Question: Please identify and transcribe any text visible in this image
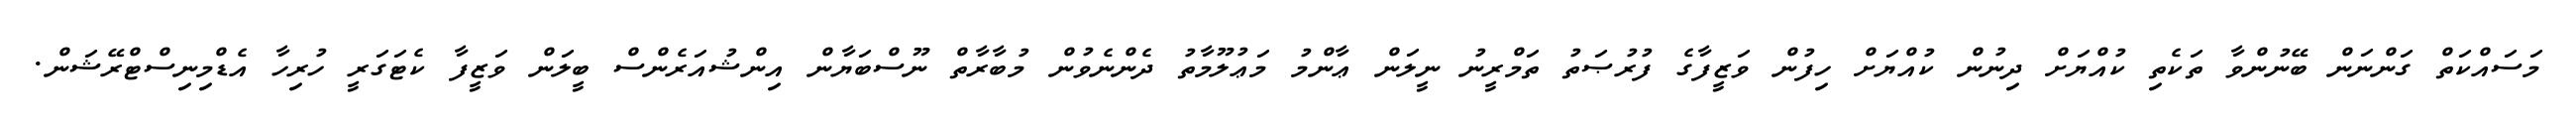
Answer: މަސައްކަތް ގަންނަން ބޭނުންވާ ތަކެތި ކުއްޔަށް ދިނުން ކުއްޔަށް ހިފުން ވަޒީފާގެ ފުރުޞަތު ތަމްރީނު ނީލަން ޢާންމު މަޢުލޫމާތު ދެންނެވުން މުބާރާތް ނޫސްބަޔާން އިންޝުއަރެންސް ބީލަން ވަޒީފާ ކެޓަގަރީ ހުރިހާ އެޑްމިނިސްޓްރޭޝަން.